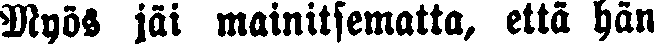
Myös jäi mainitsematta, että hän